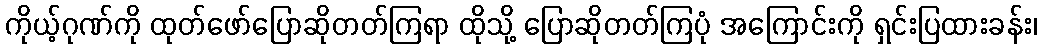
ကိုယ့်ဂုဏ်ကို ထုတ်ဖော်ပြောဆိုတတ်ကြရာ ထိုသို့ ပြောဆိုတတ်ကြပုံ အကြောင်းကို ရှင်းပြထားခန်း၊